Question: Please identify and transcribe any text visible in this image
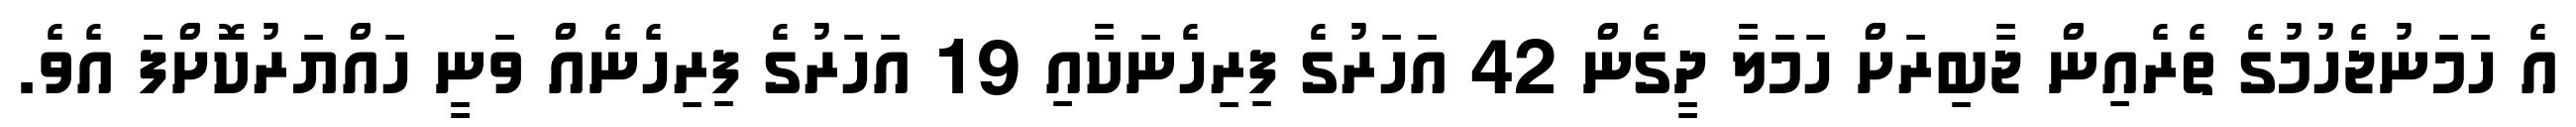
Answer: އެ ހަމަނުޖެހުމުގެ ތެރެއިން ޖާބިރަށް ހަމަލާ ދީގެން 42 އަހަރުގެ ފިރިހެނަކާއި 19 އަހަރުގެ ފިރިހެނެއް ވަނީ ހައްޔަރުކޮށްފަ އެވެ.